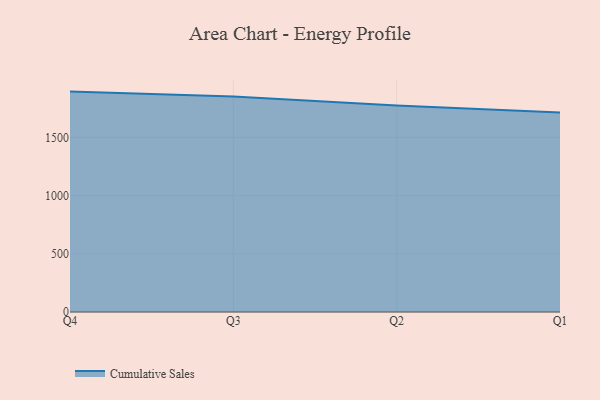
{"axis": {"x": "Quarter", "y": "Revenue (USD Million)"}, "legend": ["Cumulative Sales"], "data": [{"x": "Q4", "y": 1895.5, "type": "Cumulative Sales"}, {"x": "Q3", "y": 1853.8, "type": "Cumulative Sales"}, {"x": "Q2", "y": 1775.2, "type": "Cumulative Sales"}, {"x": "Q1", "y": 1714.9, "type": "Cumulative Sales"}]}